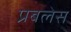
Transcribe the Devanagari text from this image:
प्रबलेस